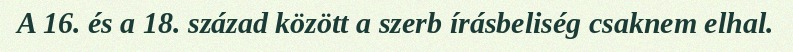
A 16. és a 18. század között a szerb írásbeliség csaknem elhal.